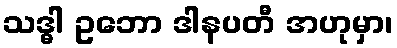
သဒ္ဓါ ဥဘော ဒါနပတီ အဟုမှာ၊